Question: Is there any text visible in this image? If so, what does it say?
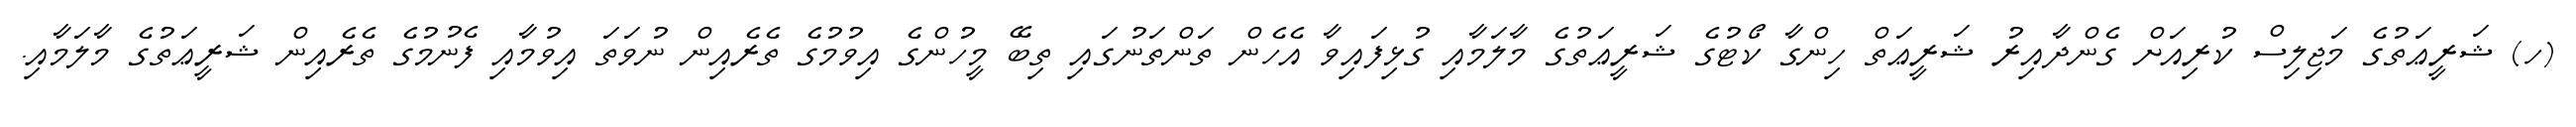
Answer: (ހ) ޝަރީޢަތުގެ މަޖިލިސް ކުރިއަށް ގެންދާއިރު ޝަރީޢަތް ހިންގާ ކޯޓުގެ ޝަރީޢަތުގެ މާލަމާއި ގުޅިފައިވާ އެހެން ތަންތަނުގައި ތިބޭ މީހުންގެ އިވުމުގެ ތެރެއިން ނުވަތަ އިވުމާއި ފެނުމުގެ ތެރެއިން ޝަރީޢަތުގެ މާލަމާއި.